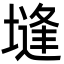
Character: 塳